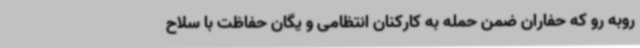
روبه رو که حفاران ضمن حمله به کارکنان انتظامی و یگان حفاظت با سلاح